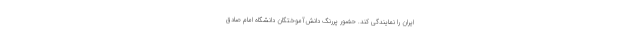
ایران را نمایندگی کند. حضور پررنگ دانش‌آموختگان دانشگاه امام صادق